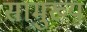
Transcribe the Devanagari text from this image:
सामुख्य